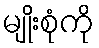
မျိုးစုံကို